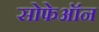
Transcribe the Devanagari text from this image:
सोफेऑन